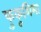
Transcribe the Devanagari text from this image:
फुकूशिमा